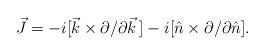
LaTeX: \begin{align*} \vec{J} = -i[\vec{k}\times \partial/\partial\vec{k}\,] -i[\hat{n}\times \partial/\partial\hat{n}].\end{align*}